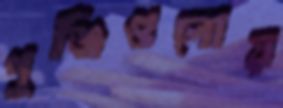
পুঞ্জিগুলোয়